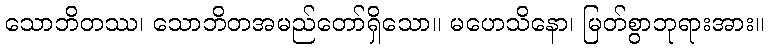
သောဘိတဿ၊ သောဘိတအမည်တော်ရှိသော။ မဟေသိနော၊ မြတ်စွာဘုရားအား။